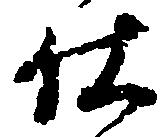
仕